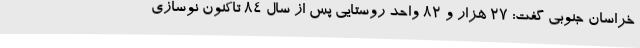
خراسان جنوبی گفت: 27 هزار و 82 واحد روستایی پس از سال 84 تاکنون نوسازی